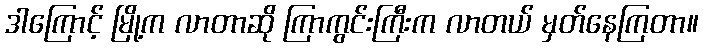
ဒါကြောင့် မြို့က လာတာဆို ကြာကွင်းကြီးက လာတယ် မှတ်နေကြတာ။